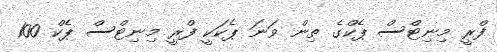
ފްރީ މިނިޓްސް ޕެކްގެ ތިން ވަނަ ޕެކަކީ ފްރީ މިނިޓްސް ޕެކް 100